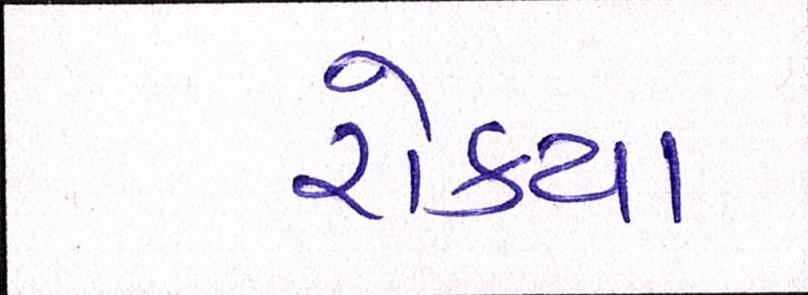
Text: રોક્યા